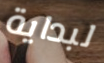
لبداية